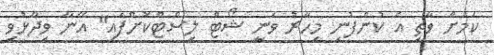
ކަމަށް ވާތީ އެ ކުންފުނި މިހާރު ވަނީ ޝޯޓް ލިސްޓްކޮށްފައި" އޭނާ ވިދާޅުވި